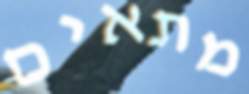
מתאים